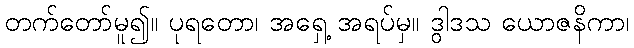
တက်တော်မူ၍။ ပုရတော၊ အရှေ့ အရပ်မှ။ ဒွါဒသ ယောဇနိကာ၊